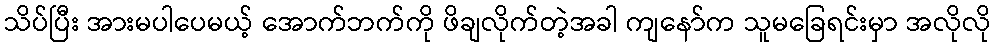
သိပ်ပြီး အားမပါပေမယ့် အောက်ဘက်ကို ဖိချလိုက်တဲ့အခါ ကျနော်က သူမခြေရင်းမှာ အလိုလို